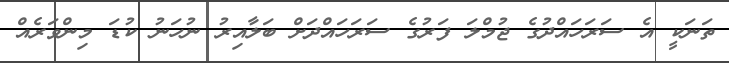
ތަނަކީ އެ ސަރަހައްދުގެ ޖުމްލަ ފަރުގެ ސަރަހައްދަށް ބަލާއިރު ނުހަނު ކުޑަ މިންވަރެއް